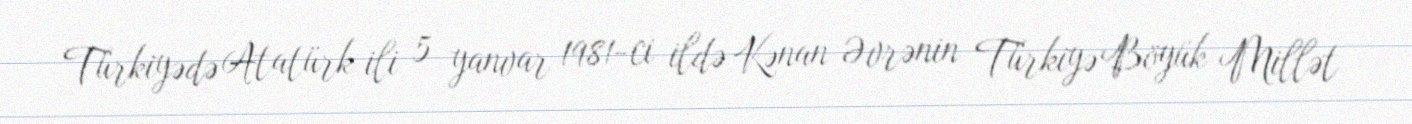
Türkiyədə Atatürk ili 5 yanvar 1981-ci ildə Kənan Əvrənin Türkiyə Böyük Millət